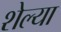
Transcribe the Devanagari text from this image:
शेल्या